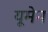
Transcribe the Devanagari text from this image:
यूमेन